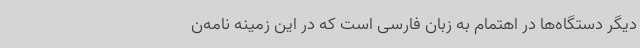
دیگر دستگاه‌ها در اهتمام به زبان فارسی است که در این زمینه نامه‌ن